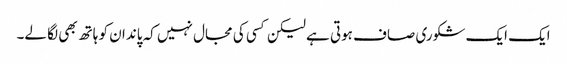
ایک ایک شکوری صاف ہوتی ہے لیکن کسی کی مجال نہیں کہ پاندان کو ہاتھ بھی لگا لے۔